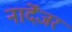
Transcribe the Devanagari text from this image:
नार्देंजर